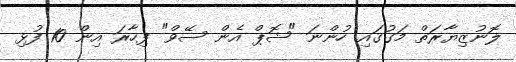
ލޮނުޒިޔާރަތް މަގުގައި ހުންނަ "ޝޮޕް އެން ސޭވް" ފިހާރަ އިން 10 ފުޅި